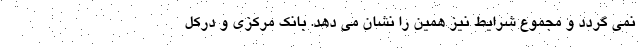
نمی گردد و مجموع شرایط نیز همین را نشان مى دهد. بانک مرکزی و درکل